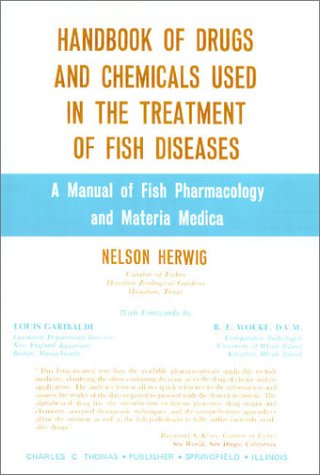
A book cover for Handbook of Drugs and Chemicals Used in the Treatment of Fish Diseases: A Manual of Fish Pharmacology and Materia Medica; Nelson Herwig; Medical Books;